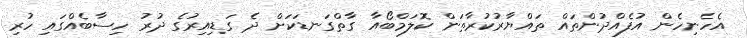
އެހެނިހެން އުފެއްދުންތައް ތައްޔާރުކުރާތަން ކޮލަމްބޯއާ ގާތްގަނޑަކަށް ދެ ގަޑިއިރުގެ ދުރު ހިސާބެއްގައި ހުރި